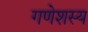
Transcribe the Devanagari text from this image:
गणेशस्य